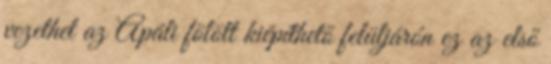
vezethet az Apáli fölött kiépíthető felüljárón ez az első